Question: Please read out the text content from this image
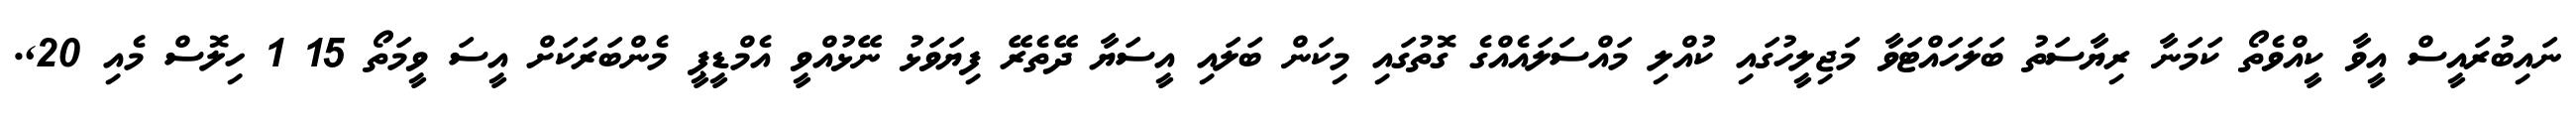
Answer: ނައިބުރައީސް އީވާ ކީއްވެތޯ ކަމަނާ ރިޔާސަތު ބަލަހައްޓަވާ މަޖިލީހުގައި ކުއްލި މައްސަލައެއްގެ ގޮތުގައި މިކަން ބަލައި އީސަޔާ ދޭތެރޭ ފިޔަވަޅު ނޭޅުއްވީ އެމްޑީޕީ މެންބަރަކަށް އީސަ ވީމަތޯ 15 1 ހިލޮސް މެއި 20,.